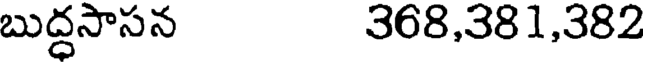
బుద్ధసాసన 368,381,382